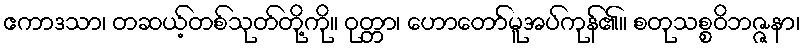
ဧကာဒသာ၊ တဆယ့်တစ်သုတ်တို့ကို။ ဝုတ္တာ၊ ဟောတော်မူအပ်ကုန်၏။ စတုသစ္စဝိဘဇ္ဇနာ၊